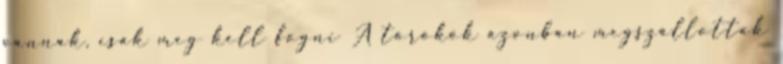
vannak, csak meg kell fogni A törökök azonban megszállottak